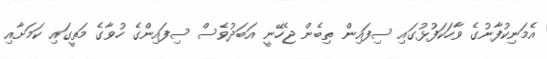
އެމަނިކުފާނުގެ ވާހަކަފުޅުގައި ސިފައިން ތިބެން ޖެހޭނީ އަބަދުވެސް ސިފައިންގެ ހުވާގެ މަތީގައި ކަމަށާއި